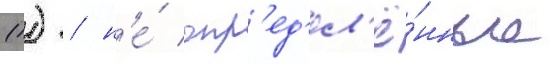
(1) / н'е́ опр'ед'ел'ё́нные